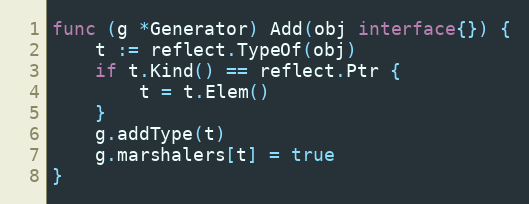
Language: Go
func (g *Generator) Add(obj interface{}) {
	t := reflect.TypeOf(obj)
	if t.Kind() == reflect.Ptr {
		t = t.Elem()
	}
	g.addType(t)
	g.marshalers[t] = true
}